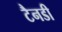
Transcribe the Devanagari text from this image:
टैनडी